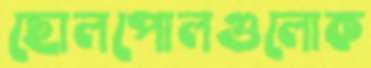
ছোলপোলগুলোক